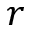
r